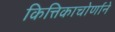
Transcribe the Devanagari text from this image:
कित्तिकाचोर्णाने